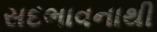
સદભાવનાથી